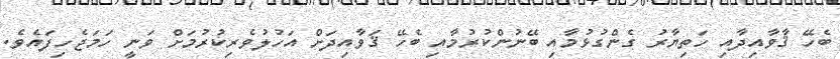
ބެހޭ ޤާވާއިދާއި ހަތިޔާރު ގެންގުޅުމާއި ބޭނުންކުރުމާއި ބެހޭ ޤަވާއިދަށް އަހުލުވެރިކުރުމަށް ވަނީ ހަމަޖެހިފައެވެ.